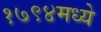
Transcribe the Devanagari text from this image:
१७९४मध्ये